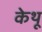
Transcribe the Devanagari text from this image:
केथू